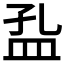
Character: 𱲍